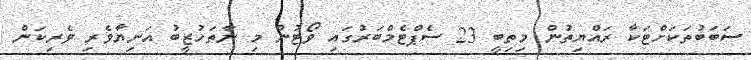
ސަބަބުތަކަށްޓަކާ ރައްޔިތުން މިތިބީ 23 ސެޕްޓެމްބަރުގައި ވޯޓުން މި ނާތަހުޒީބު އަނިޔާވެރި ވެރިކަން